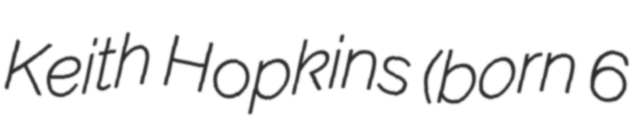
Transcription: Keith Hopkins (born 6